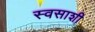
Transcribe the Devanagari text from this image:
स्वसाशी